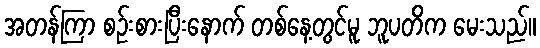
အတန်ကြာ စဉ်းစားပြီးနောက် တစ်နေ့တွင်မူ ဘူပတိက မေးသည်။